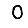
Digit: 0